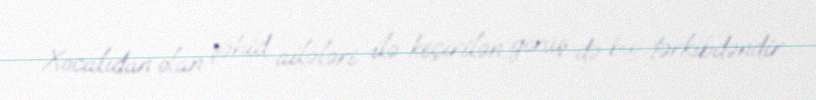
Xocalıdan olan şəhid ailələri ilə keçirilən görüş də bu tərkibdəndir.